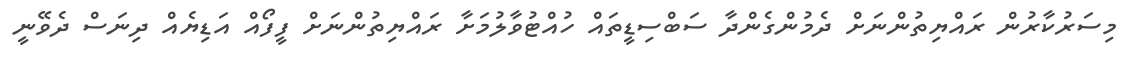
މިސަރުކާރުން ރައްޔިތުންނަށް ދެމުންގެންދާ ސަބްސިޑީތައް ހުއްޓުވާލުމަށާ ރައްޔިތުންނަށް ފީފޯއް އަޑިޔެއް ދިނަސް ދެވޭނީ